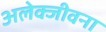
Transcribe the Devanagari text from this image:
अलेक्जीवना